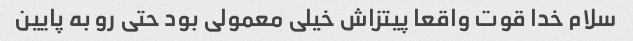
سلام خدا قوت واقعا پیتزاش خیلی معمولی بود حتی رو به پایین